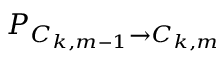
P _ { C _ { k , m - 1 } \rightarrow C _ { k , m } }